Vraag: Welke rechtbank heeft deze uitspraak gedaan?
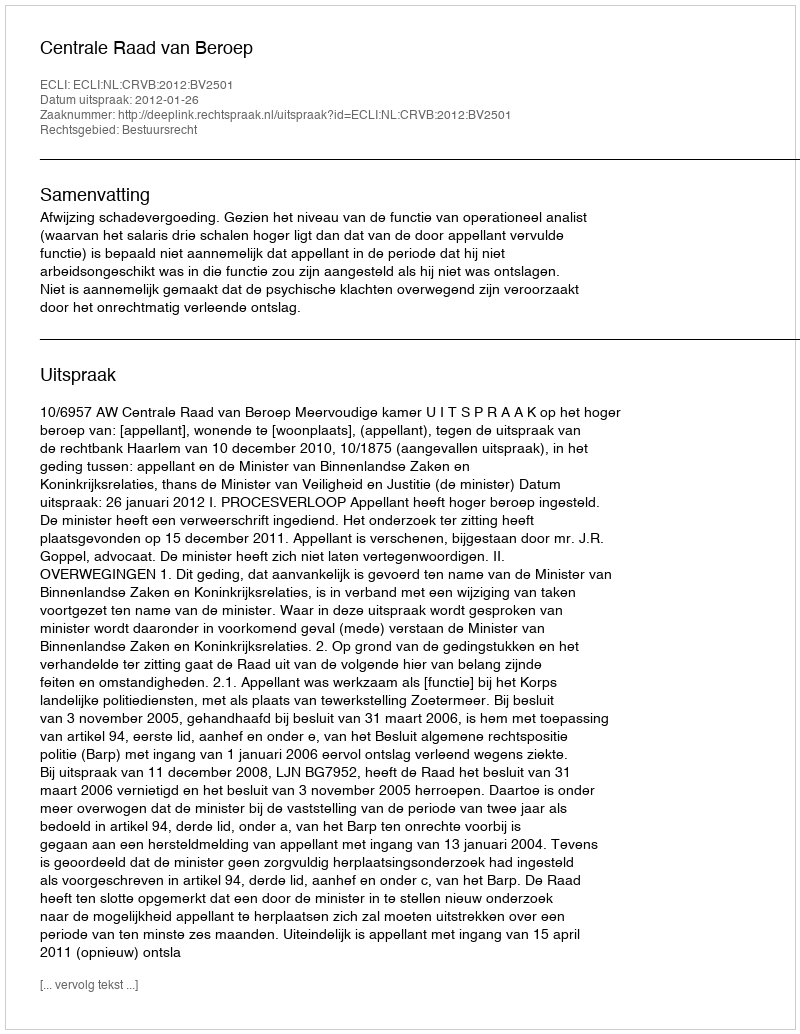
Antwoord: Centrale Raad van Beroep